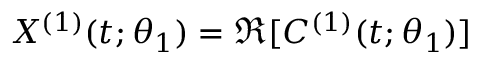
X ^ { ( 1 ) } ( t ; \theta _ { 1 } ) = \Re [ C ^ { ( 1 ) } ( t ; \theta _ { 1 } ) ]